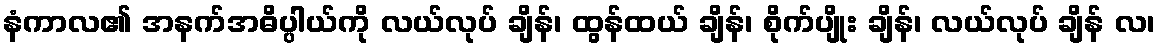
နံကာလ၏ အနက်အဓိပ္ပါယ်ကို လယ်လုပ် ချိန်၊ ထွန်ထယ် ချိန်၊ စိုက်ပျိုး ချိန်၊ လယ်လုပ် ချိန် လ၊